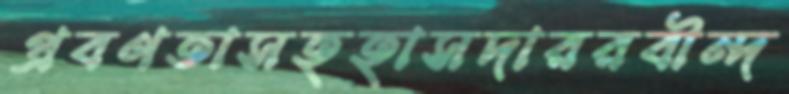
প্রবণতাসহহাসদাররবীন্দ